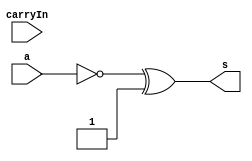
// ------------------------- 
// Exemplo0025 - COMPLEMENTO DE 2
// Nome: Luis Vasconcelos Dias 
// ------------------------- 

// ------------------------- 
// Complemento de 2
// ------------------------- 

module complemento2 (output [5:0]s, input [5:0]a, input carryIn); 
	// descrever por portas 
	
	assign carryIn = 1;
	assign s = ~(a) ^ carryIn;
	
endmodule // complemento2 

module test_complemento2; 
// ------------------------- definir dados 
	reg [5:0] x; 
	 
	reg carry;
	wire [5:0] r; 
	
// ------------------------- instancia
	complemento2 modulo(r, x, carry);

// ------------------------- parte principal 
	initial begin 
		$display("Exemplo0021 - Luis Vasconcelos Dias - 412753"); 
		$display("\nTeste Complemento de 2"); 
		
		x = 6'b000001;
		carry = 1;				
		#1 $display("\n%b = %b", x, r);
		
		x = 6'b000010;		
		#1 $display("%b = %b", x, r);
		
		x = 6'b010101;		
		#1 $display("%b = %b", x, r);
		
	end 
endmodule // test_complemento2